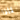
لماذا